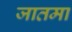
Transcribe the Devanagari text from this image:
जातमा